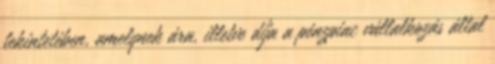
tekintetében, amelynek ára, illetve díja a pénzpiac vállalkozás által